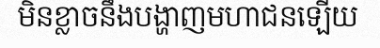
មិនខ្លាចនឹងបង្ហាញមហាជនឡើយ